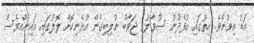
އަޑު އިވުނެވެ. ހިތުގައި އުފެދުނު ސުވާލުގެ ޖަވާބު ނުލިބިގެން އުޅެނިކޮށް ލޮލުގައި އައިނެއްވެސް